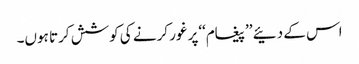
اس کے دئیے ’’پیغام‘‘پر غور کرنے کی کوشش کرتا ہوں۔